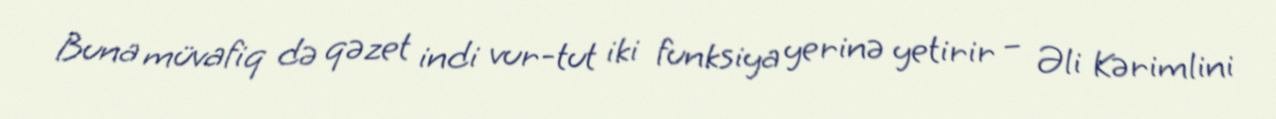
Buna müvafiq də qəzet indi vur-tut iki funksiya yerinə yetirir – Əli Kərimlini